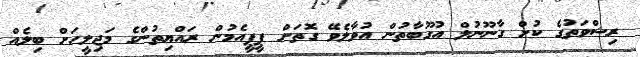
ރިޝްވަތުގެ ކުށް ގާނޫނުލް އުގޫބާތުން އުވާލެވޭ ގޮތަށް ޕީޕީއެމުން ރައްޔިތުންގެ މަޖިލީހަށް ބިލެއް